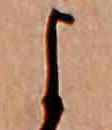
よ